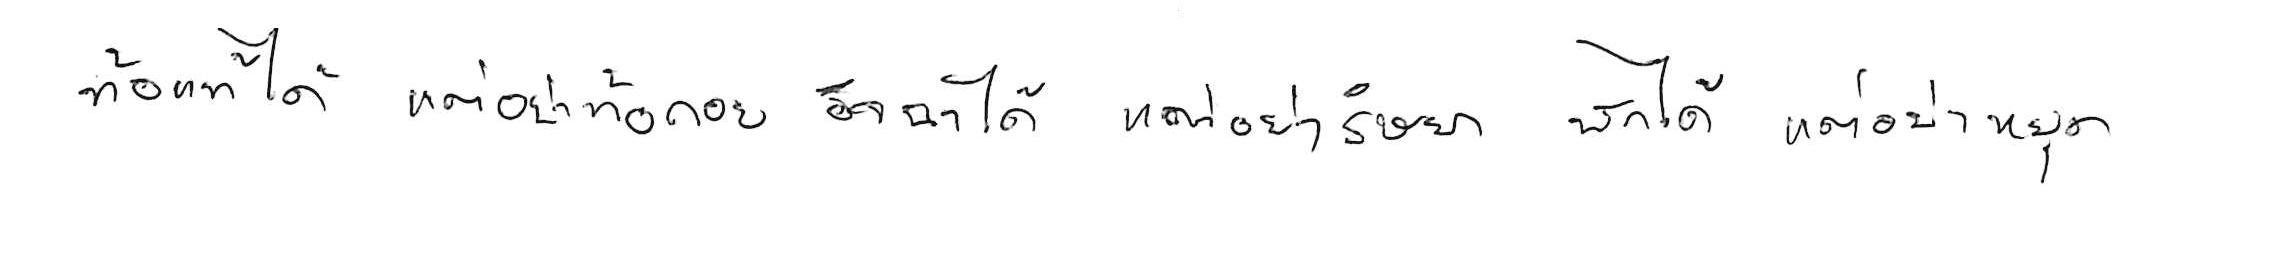
ท้อแท้ได้ แต่อย่าท้อถอย อิจฉาได้ แต่อย่าริษยา พักได้ แต่อย่าหยุด